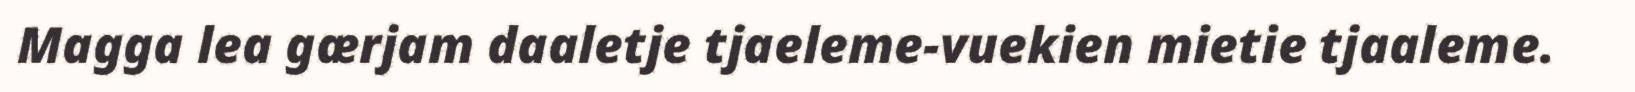
Magga lea gærjam daaletje tjaeleme-vuekien mietie tjaaleme.